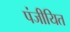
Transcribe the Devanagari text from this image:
पंजीयित